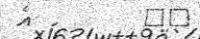
٣٠         އެ